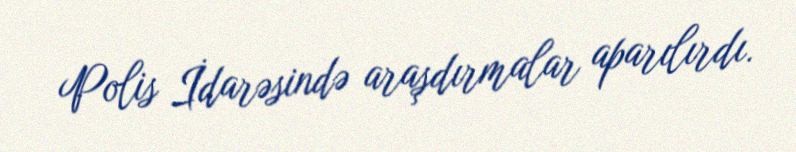
Polis İdarəsində araşdırmalar aparılırdı.